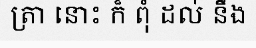
ត្រា នោះ ក៏ ពុំ ដល់ នឹង